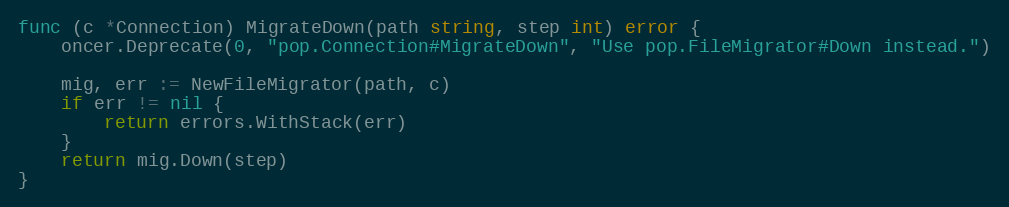
Language: Go
func (c *Connection) MigrateDown(path string, step int) error {
	oncer.Deprecate(0, "pop.Connection#MigrateDown", "Use pop.FileMigrator#Down instead.")

	mig, err := NewFileMigrator(path, c)
	if err != nil {
		return errors.WithStack(err)
	}
	return mig.Down(step)
}